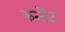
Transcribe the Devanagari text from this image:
कन्टेंट